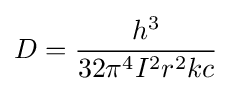
D={\frac {h^{3}}{32\pi ^{4}I^{2}r^{2}kc}}